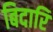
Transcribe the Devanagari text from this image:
बिदारि